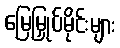
မြေမြှုပ်မိုင်းများ